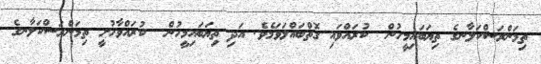
ތިމަންރަސްކަލާނގެ ތިޔަބައިމީހުން  ކުރައްވައި ގޮތްބައްލަވަމެވެ. އަދި ތިޔަބައިމީހުން  ކުރައްވާހުށީ ތިމަންރަސްކަލާނގެ